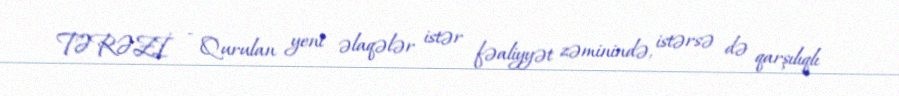
TƏRƏZİ - Qurulan yeni əlaqələr istər fəaliyyət zəminində, istərsə də qarşılıqlı